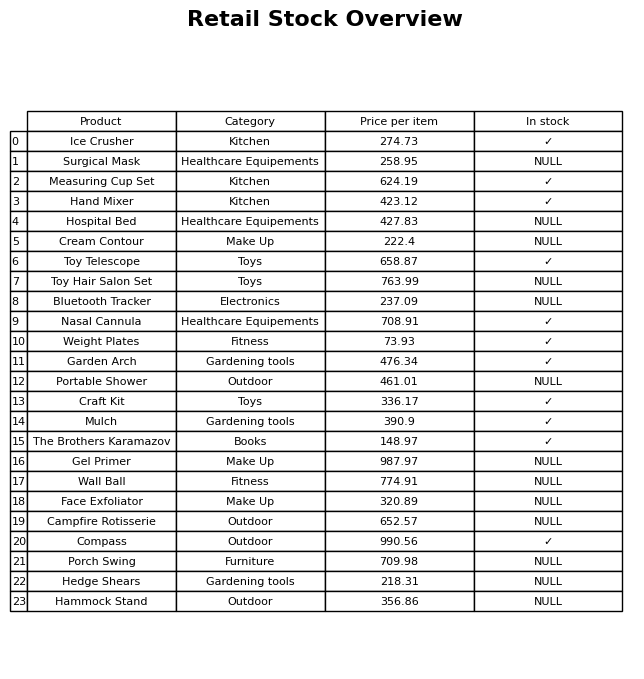
question: Is the Hammock Stand in stock?
answer: NULL